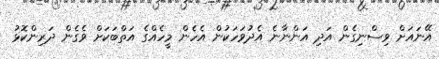
އޭނައަށް ވިސްނިގެން އަދި އަންނާނެ އެދުވަހަކުން އެހެން މީހެއްގެ އަތްބަކަށް ވެގެން ދަރިންކޮޅު